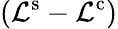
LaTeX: \left(\mathcal{L}^{\mathrm{{s}}}-\mathcal{L}^{\mathrm{{c}}}\right)